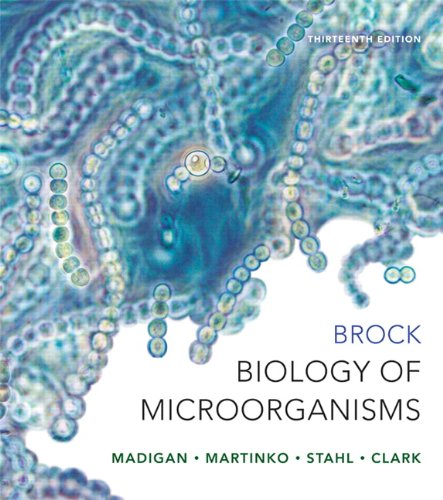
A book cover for Brock Biology of Microorganisms (13th Edition); Michael T. Madigan; Medical Books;